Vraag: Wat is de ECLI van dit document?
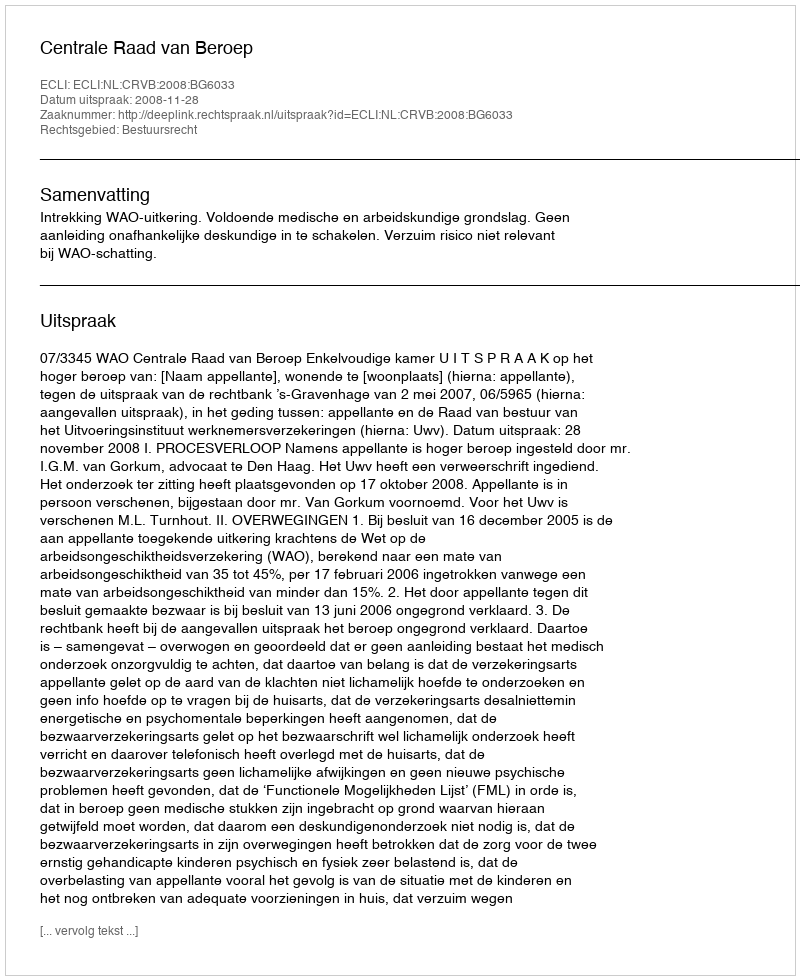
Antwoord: ECLI:NL:CRVB:2008:BG6033